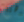
وهنا